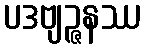
ပဒဗျဉ္ဇနဿ